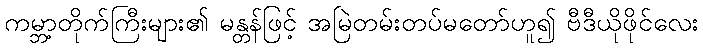
ကမ္ဘာ့တိုက်ကြီးများ၏ မန္တန်ဖြင့် အမြဲတမ်းတပ်မတော်ဟူ၍ ဗီဒီယိုဖိုင်လေး